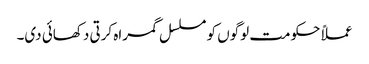
عملاً حکومت لوگوں کو مسلسل گمراہ کرتی دکھائی دی۔